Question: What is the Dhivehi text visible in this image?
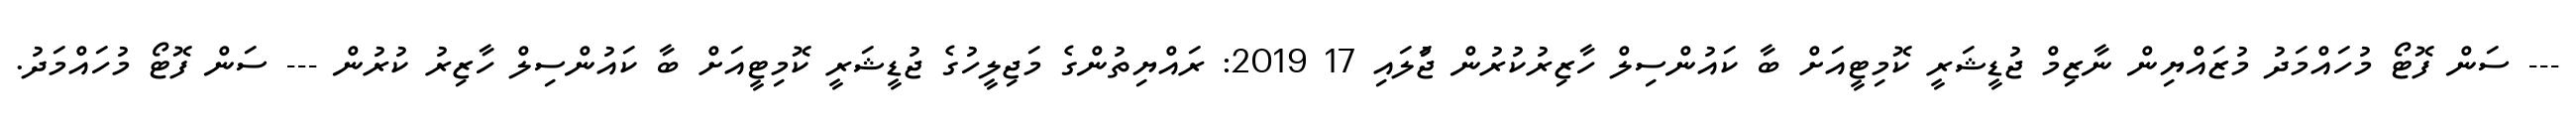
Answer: --- ސަން ފޮޓޯ މުހައްމަދު މުޒައްޔިން ނާޒިމް ޖުޑީޝަރީ ކޮމިޓީއަށް ބާ ކައުންސިލް ހާޒިރުކުރުން ޖުަލައި 17 2019: ރައްޔިތުންގެ މަޖިލީހުގެ ޖުޑީޝަރީ ކޮމިޓީއަށް ބާ ކައުންސިލް ހާޒިރު ކުރުން --- ސަން ފޮޓޯ މުހައްމަދު.